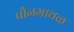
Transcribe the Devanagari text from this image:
पौनमावळ